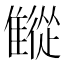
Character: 𩀨